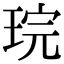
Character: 琓